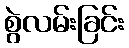
စွဲလမ်းခြင်း